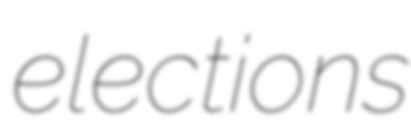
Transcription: elections